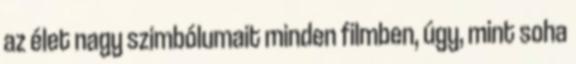
az élet nagy szimbólumait minden filmben, úgy, mint soha